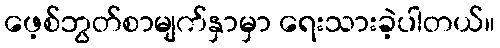
ဖေ့စ်ဘွတ်စာမျက်နှာမှာ ရေးသားခဲ့ပါတယ်။